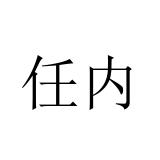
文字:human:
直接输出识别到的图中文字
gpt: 任内